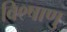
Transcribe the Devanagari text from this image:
वि९षाणु